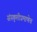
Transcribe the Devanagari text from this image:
संस्कृतीप्रमाणेच